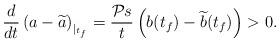
LaTeX: \begin{align*} \frac{d}{dt}\left(a-\widetilde{a}\right)_{|_{t_{f}}}=\frac{\mathcal{P}s}{t}\left(b(t_{f})-\widetilde{b}(t_{f})\right)>0.\end{align*}